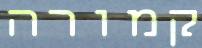
קמורה